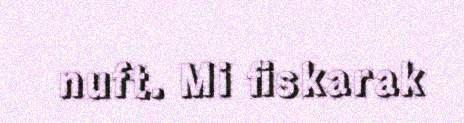
nuft. Mi fiskarak